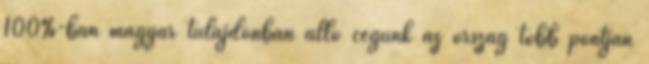
100%-ban magyar tulajdonban álló cégünk az ország több pontján